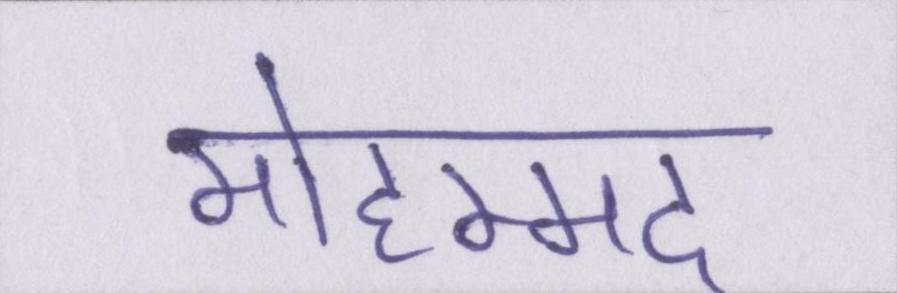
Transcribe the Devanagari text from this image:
मोहम्मद